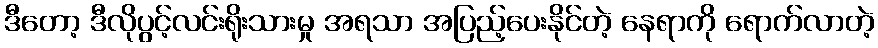
ဒီတော့ ဒီလိုပွင့်လင်းရိုးသားမှု အရသာ အပြည့်ပေးနိုင်တဲ့ နေရာကို ရောက်လာတဲ့